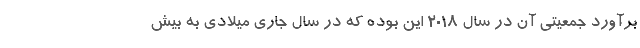
برآورد جمعیتی آن در سال ۲۰۱۸ این بوده که در سال جاری میلادی به بیش